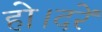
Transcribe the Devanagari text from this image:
हो।दरें